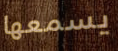
يسمعها